Indian journal of veterinary science and animal husbandry - Volumes 24-25, 1954-1955
Year: 1954
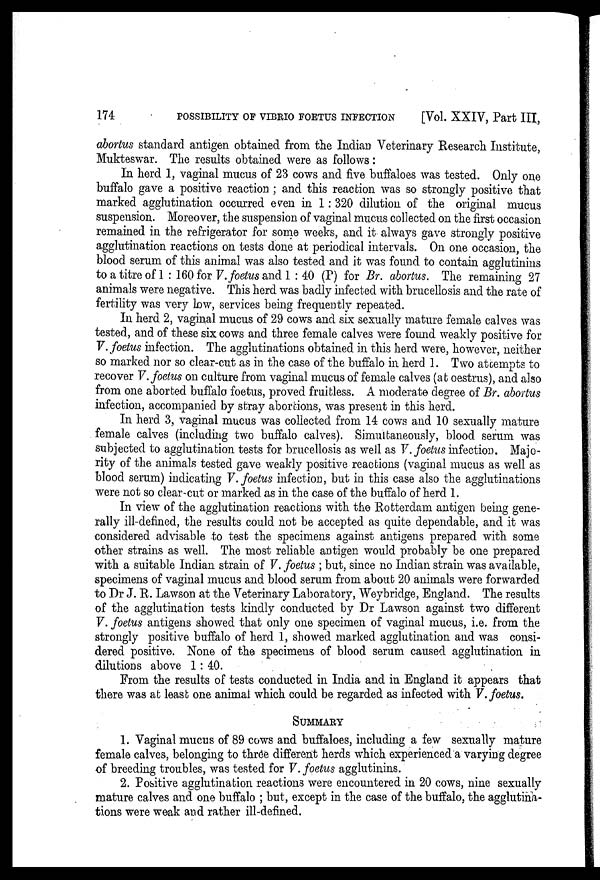
174
POSSIBILITY OF VIBRIO FOETUS INFECTION
[Vol. XXIV, Part III,
abortus standard antigen obtained from the Indian Veterinary Research Institute,
Mukteswar. The results obtained were as follows:
In herd 1, vaginal mucus of 23 cows and five buffaloes was tested. Only one
buffalo gave a positive reaction ; and this reaction was so strongly positive that
marked agglutination occurred even in 1: 320 dilution of the original mucus
suspension. Moreover, the suspension of vaginal mucus collected on the first occasion
remained in the refrigerator for some weeks, and it always gave strongly positive
agglutination reactions on tests done at periodical intervals. On one occasion, the
blood serum of this animal was also tested and it was found to contain agglutinins
to a titre of 1 : 160 for V. foetus and 1 : 40 (P) for Br. abortus. The remaining 27
animals were negative. This herd was badly infected with brucellosis and the rate of
fertility was very low, services being frequently repeated.
In herd 2, vaginal mucus of 29 cows and six sexually mature female calves was
tested, and of these six cows and three female calves were found weakly positive for
V. foetus infection. The agglutinations obtained in this herd were, however, neither
so marked nor so clear-cut as in the case of the buffalo in herd 1. Two attempts to
recover V. foetus on culture from vaginal mucus of female calves (at oestrus), and also
from one aborted buffalo foetus, proved fruitless. A moderate degree of Br. abortus
infection, accompanied by stray abortions, was present in this herd.
In herd 3, vaginal mucus was collected from 14 cows and 10 sexually mature
female calves (including two buffalo calves). Simultaneously, blood serum was
subjected to agglutination tests for brucellosis as well as V. foetus infection. Majo-
rity of the animals tested gave weakly positive reactions (vaginal mucus as well as
blood serum) indicating V. foetus infection, but in this case also the agglutinations
were not so clear-cut or marked as in the case of the buffalo of herd 1.
In view of the agglutination reactions with the Rotterdam antigen being gene-
rally ill-defined, the results could not be accepted as quite dependable, and it was
considered advisable to test the specimens against antigens prepared with some
other strains as well. The most reliable antigen would probably be one prepared
with a suitable Indian strain of V. foetus ; but, since no Indian strain was available,
specimens of vaginal mucus and blood serum from about 20 animals were forwarded
to Dr J. R. Lawson at the Veterinary Laboratory, Weybridge, England. The results
of the agglutination tests kindly conducted by Dr Lawson against two different
V. foetus antigens showed that only one specimen of vaginal mucus, i.e. from the
strongly positive buffalo of herd 1, showed marked agglutination and was consi-
dered positive. None of the specimens of blood serum caused agglutination in
dilutions above 1 : 40.
From the results of tests conducted in India and in England it appears that
there was at least one animal which could be regarded as infected with V. foetus.
SUMMARY
1. Vaginal mucus of 89 cows and buffaloes, including a few sexually mature
female calves, belonging to three different herds which experienced a varying degree
of breeding troubles, was tested for V. foetus agglutinins.
2. Positive agglutination reactions were encountered in 20 cows, nine sexually
mature calves and one buffalo ; but, except in the case of the buffalo, the agglutina-
tions were weak and rather ill-defined.